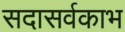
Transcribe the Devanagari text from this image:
सदासर्वकाभ